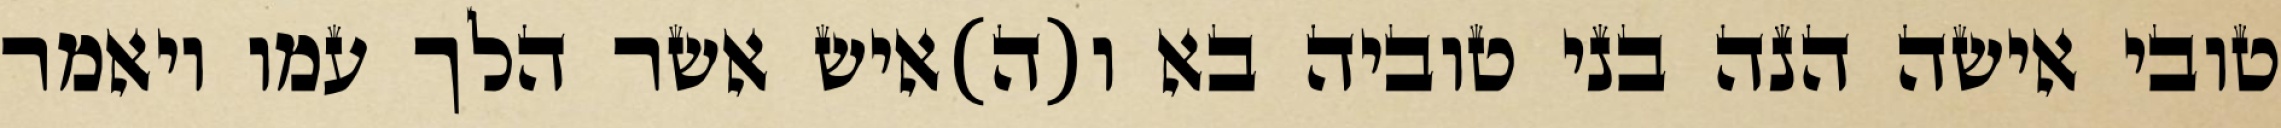
טובי אישה הנה בני טוביה בא ו(ה)איש אשר הלך עמו ויאמר